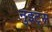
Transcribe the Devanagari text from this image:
नुइट्स